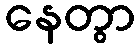
နေတွာ